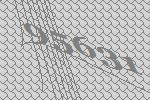
95631